Lunatic asylums in Bengal annual reports 1888-1898 - 1888-1898
Year: 1888
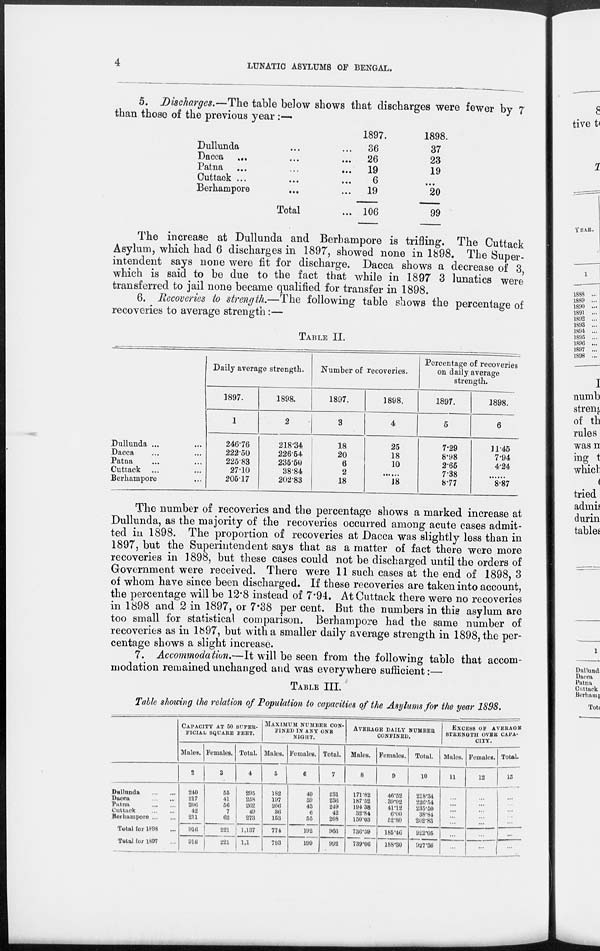
4
LUNATIC ASYLUMS OF BENGAL.
5. Discharges.—The table below shows that discharges were fewer by 7
than those of the previous year :—
Dullunda ... ...
Dacca ... ... ...
Patna ... ... ...
Cuttack ... ... ...
Berhampore ... ...
Total ...
1897.
36
26
19
6
19
106
1898.
37
23
19
...
20
99
The increase at Dullunda and Berhampore is trifling. The Cuttack
Asylum, which had 6 discharges in 1897, showed none in 1898. The Super-
intendent says none were fit for discharge. Dacca shows a decrease of 3,
which is said to be due to the fact that while in 1897 3 lunatics were
transferred to jail none became qualified for transfer in 1898.
6. Recoveries to strength.—The following table shows the percentage of
recoveries to average strength:—
TABLE II.
Dullunda ... ...
Dacca ... ...
Patna ... ...
Cuttack ... ...
Berhampore ...
Daily average strength.
1897.
1
246.76
222.50
225.83
27.10
205.17
1898.
2
218.34
226.54
235.50
38.84
202.83
Number of recoveries.
1897.
3
18
20
6
2
18
1898.
4
25
18
10
......
18
Percentage of recoveries
on daily average
strength.
1897.
5
7.29
8.98
2.65
7.38
8.77
1898.
6
11.45
7.94
4.24
......
8.87
The number of recoveries and the percentage shows a marked increase at
Dullunda, as the majority of the recoveries occurred among acute cases admit-
ted in 1898. The proportion of recoveries at Dacca was slightly less than in
1897, but the Superintendent says that as a matter of fact there were more
recoveries in 1898, but these cases could not be discharged until the orders of
Government were received. There were 11 such cases at the end of 1898, 3
of whom have since been discharged. If these recoveries are taken into account,
the percentage will be 12.8 instead of 7.94. At Cuttack there were no recoveries
in 1898 and 2 in 1897, or 7.38 per cent. But the numbers in this asylum are
too small for statistical comparison. Berhampore had the same number of
recoveries as in 1897, but with a smaller daily average strength in 1898, the per-
centage shows a slight increase.
7. Accommodation.—It will be seen from the following table that accom-
modation remained unchanged and was everywhere sufficient:—
TABLE III.
Table showing the relation of Population to capacities of the Asylums for the year 1898.
Dullunda
...
...
Dacca ... ...
Patna
...
...
Cuttack
...
...
Berhampore
...
...
Total for 1898 ...
Total for 1897 ...
CAPACITY AT 50 SUPER-
FICIAL SQUARE FEET.
Males.
2
240
217
206
42
211
916
916
Females.
3
55
41
56
7
62
221
221
Total.
4
295
258
262
49
273
1,137
1,137
MAXIMUM NUMBER CON-
----- IN ANY ONE
NIGHT.
Males.
5
182
197
206
36
153
774
793
Females.
6
49
39
43
6
55
192
199
Total.
7
231
236
249
42
208
966
992
AVERAGE DAILY NUMBER
CONFINED.
Males.
8
171.82
187.52
194 38
32.84
150.03
736.59
739.06
Females.
9
46.52
39.02
41.12
6.00
52.80
185.46
188.30
Total.
10
218.34
226.54
235.50
38.84
202.83
922.05
927.36
EXCESS OF AVERAGE
STRENGTH OVER CAPA-
CITY.
Males.
11
...
...
...
... ...
...
...
Females.
12
...
...
...
... ...
...
...
Total.
13
...
...
...
...
...
...
...